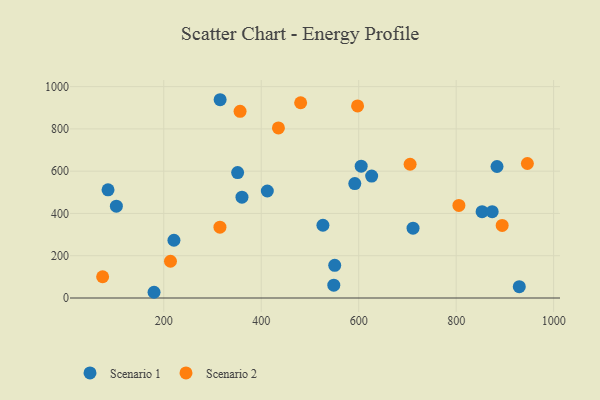
{"axis": {"x": "Distance", "y": "Fuel Efficiency"}, "legend": ["Scenario 1", "Scenario 2"], "data": [{"x": "412.5", "y": 506.2, "type": "Scenario 1"}, {"x": "711.5", "y": 330.4, "type": "Scenario 1"}, {"x": "548.9", "y": 60.5, "type": "Scenario 1"}, {"x": "180.1", "y": 27.1, "type": "Scenario 1"}, {"x": "360.5", "y": 477.1, "type": "Scenario 1"}, {"x": "550.8", "y": 154.7, "type": "Scenario 1"}, {"x": "526.6", "y": 344.2, "type": "Scenario 1"}, {"x": "883.8", "y": 622.1, "type": "Scenario 1"}, {"x": "605.1", "y": 623.8, "type": "Scenario 1"}, {"x": "102.8", "y": 434.3, "type": "Scenario 1"}, {"x": "85.7", "y": 511.6, "type": "Scenario 1"}, {"x": "853.2", "y": 408.5, "type": "Scenario 1"}, {"x": "929.5", "y": 53.4, "type": "Scenario 1"}, {"x": "315.7", "y": 938.0, "type": "Scenario 1"}, {"x": "592.0", "y": 541.2, "type": "Scenario 1"}, {"x": "351.6", "y": 593.5, "type": "Scenario 1"}, {"x": "626.6", "y": 576.6, "type": "Scenario 1"}, {"x": "220.9", "y": 273.1, "type": "Scenario 1"}, {"x": "873.9", "y": 408.6, "type": "Scenario 1"}, {"x": "356.6", "y": 882.9, "type": "Scenario 2"}, {"x": "315.3", "y": 335.3, "type": "Scenario 2"}, {"x": "894.4", "y": 343.3, "type": "Scenario 2"}, {"x": "946.1", "y": 636.4, "type": "Scenario 2"}, {"x": "705.5", "y": 632.8, "type": "Scenario 2"}, {"x": "74.6", "y": 100.5, "type": "Scenario 2"}, {"x": "480.9", "y": 923.8, "type": "Scenario 2"}, {"x": "435.3", "y": 804.6, "type": "Scenario 2"}, {"x": "805.6", "y": 437.9, "type": "Scenario 2"}, {"x": "597.7", "y": 908.9, "type": "Scenario 2"}, {"x": "213.8", "y": 173.9, "type": "Scenario 2"}]}